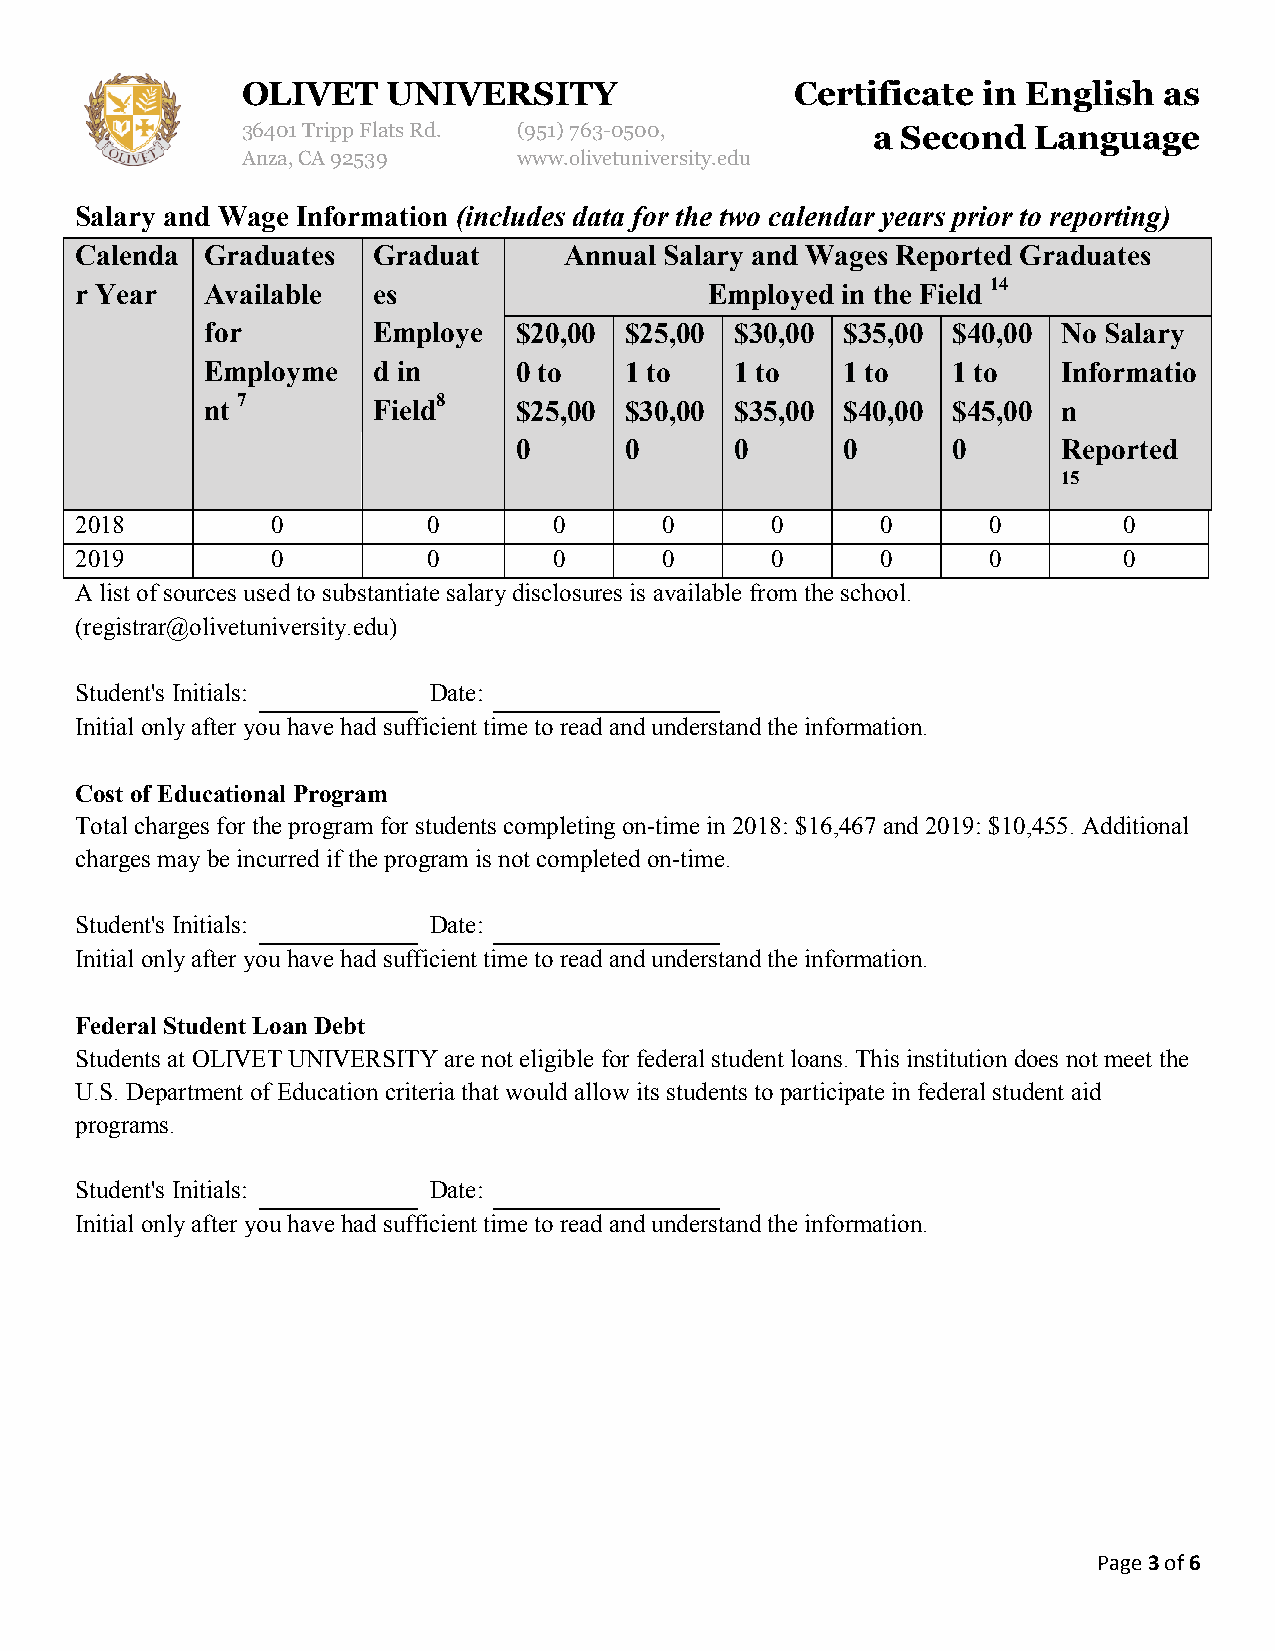
OLIVET    UNIVERSITY                 Certificate in English  as
 36401 Tripp Flats Rd. (951)763-0500,      a Second  Language
 Anza, CA 92539    www.olivetuniversity.edu
 Salary and Wage Information (includes data for the two calendar years prior to reporting)
 Calenda  Graduates  Graduat     Annual Salary and Wages Reported Graduates
 r Year   Available  es                    Employed in the Field 14
 for        Employe  $20,00 $25,00  $30,00 $35,00 $40,00 No Salary
 Employme   d in     0 to   1 to    1 to   1 to   1 to   Informatio
 nt 7       Field8   $25,00 $30,00  $35,00 $40,00 $45,00 n
 0      0       0      0      0      Reported
 15
 2018         0         0        0      0      0      0      0        0
 2019         0         0        0      0      0      0      0        0
 A list of sources used to substantiate salary disclosures is available from the school.
 (registrar@olivetuniversity.edu)
 Student's Initials:    Date:
 Initial only after you have had sufficient time to read and understand the information.
 Cost of Educational Program
 Total charges for the program for students completing on-time in 2018: $16,467 and 2019: $10,455. Additional
 charges may be incurred if the program is not completed on-time.
 Student's Initials:    Date:
 Initial only after you have had sufficient time to read and understand the information.
 Federal Student Loan Debt
 Students at OLIVET UNIVERSITY are not eligible for federal student loans. This institution does not meet the
 U.S. Department of Education criteria that would allow its students to participate in federal student aid
 programs.
 Student's Initials:    Date:
 Initial only after you have had sufficient time to read and understand the information.
 Page 3 of 6